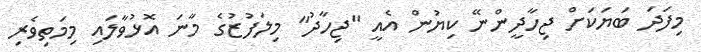
މިފަދަ ބަޔަކަށް ޖިހާދީންނޭ ކިޔުން އެއީ "ޖިހާދު" މިލަފުޒުގެ މާނަ އޮޅުވާލައި މިމަތިވެރި